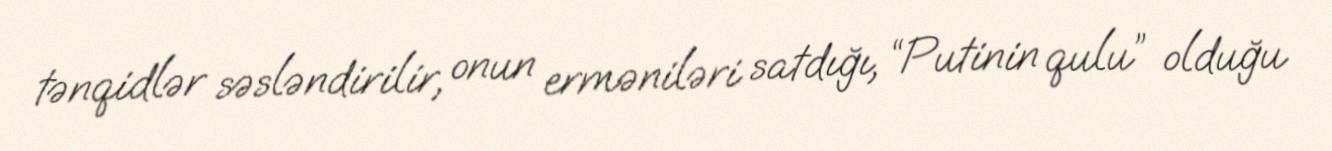
tənqidlər səsləndirilir, onun erməniləri satdığı, “Putinin qulu” olduğu